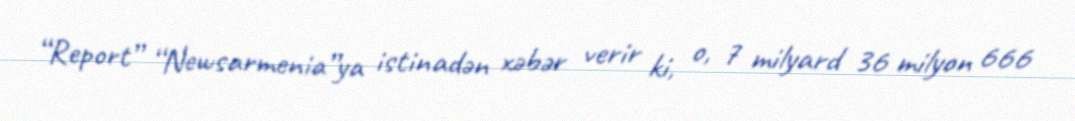
“Report” “Newsarmenia”ya istinadən xəbər verir ki, o, 7 milyard 36 milyon 666